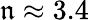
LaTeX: \mathfrak{n}\approx3.4